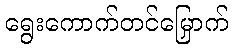
ရွေးကောက်တင်မြှောက်